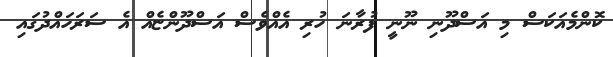
ކޮންމެއަކަސް މި އަސްދޫނި ނޫނީ ފުރާނަ ހުރި އެއްވެސް އަސްދޫންޏެއް އެ ސަރަހައްދުގައި